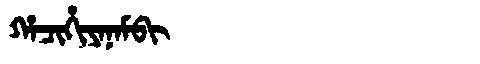
Manchu: ᡥᠠᠴᡳᡥᡳᠶᠠᠨᠠᠮᠪᡳ
Romanization: HACIHIYANAMBI